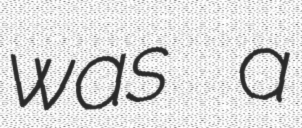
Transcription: was a